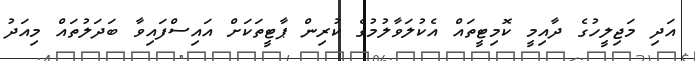
އަދި މަޖިލީހުގެ ދާއިމީ ކޮމިޓީތައް އެކުލަވާލުމުގެ ކުރިން ޕާޓީތަކަށް އައިސްފައިވާ ބަދަލުތައް މިއަދު